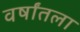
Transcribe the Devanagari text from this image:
वर्षांतला